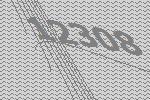
12308